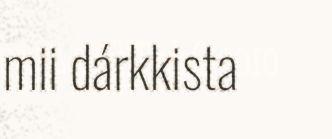
mii dárkkista